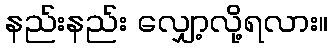
နည်းနည်း လျှော့လို့ရလား။